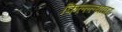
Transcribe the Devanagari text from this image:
किल्ल्ल्यावर